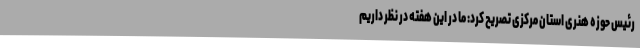
رئیس حوزه هنری استان مرکزی تصریح کرد: ما در این هفته در نظر داریم